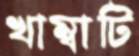
খাম্বাটি